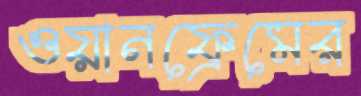
ওয়ানফ্রেমের